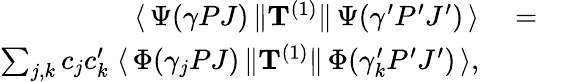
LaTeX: \begin{array}{rlr}{\langle\, \Psi(\gamma PJ)\, \| {\mathbf T}^{(1)}\| \, \Psi(\gamma^{\prime}P^{\prime}J^{\prime})\, \rangle}&{{}=}&{}\\ {\sum_{j,k}c_{j}c_{k}^{\prime}\; \langle\, \Phi(\gamma_{j}PJ)\, \| {\mathbf T}^{(1)}\| \, \Phi(\gamma_{k}^{\prime}P^{\prime}J^{\prime})\, \rangle,}\end{array}